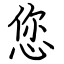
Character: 您